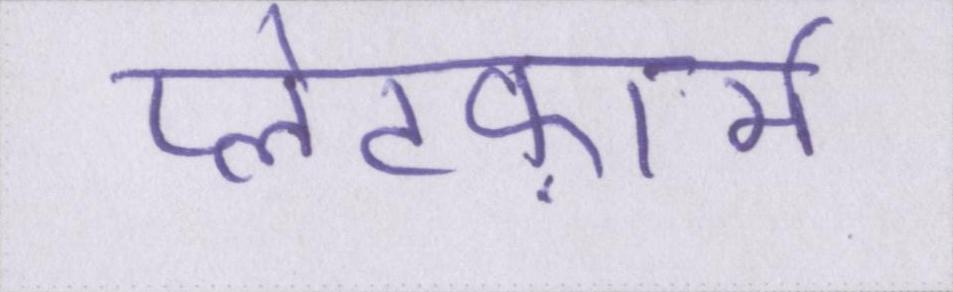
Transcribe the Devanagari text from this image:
प्लेटफ़ार्म